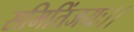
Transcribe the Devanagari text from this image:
समितिंजयः।।